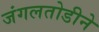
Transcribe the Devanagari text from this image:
जंगलतोडीने